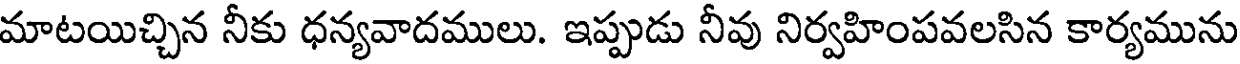
మాటయిచ్చిన నీకు ధన్యవాదములు. ఇప్పుడు నీవు నిర్వహింపవలసిన కార్యమును